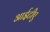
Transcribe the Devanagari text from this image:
आईटीए